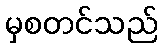
မှစတင်သည်